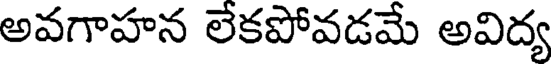
అవగాహన లేకపోవడమే అవిద్య